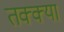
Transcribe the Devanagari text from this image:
तक्क्या